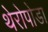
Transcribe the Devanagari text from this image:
थेरोपोडा